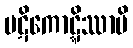
ပဋိကောဋ္ဋိဿာမိ